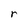
Character: r